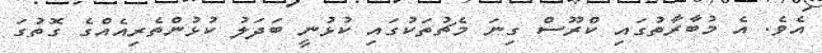
އެވެ. އެ މުބާރާތުގައި ކްރޫސް ގިނަ މެޗުތަކުގައި ކުޅުނީ ބަދަލު ކުޅުންތެރިއެއްގެ ގޮތުގަ